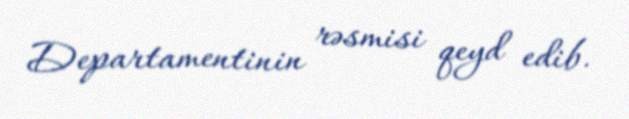
Departamentinin rəsmisi qeyd edib.